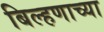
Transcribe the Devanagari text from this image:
बिल्हणाच्या